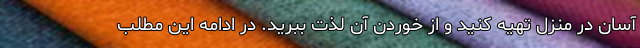
آسان در منزل تهیه کنید و از خوردن آن لذت ببرید. در ادامه این مطلب